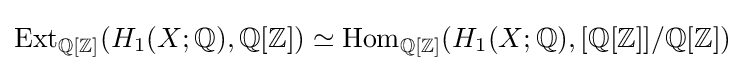
\operatorname {Ext} _{\mathbb {Q} [\mathbb {Z} ]}(H_{1}(X;\mathbb {Q} ),\mathbb {Q} [\mathbb {Z} ])\simeq \operatorname {Hom} _{\mathbb {Q} [\mathbb {Z} ]}(H_{1}(X;\mathbb {Q} ),[\mathbb {Q} [\mathbb {Z} ]]/\mathbb {Q} [\mathbb {Z} ])